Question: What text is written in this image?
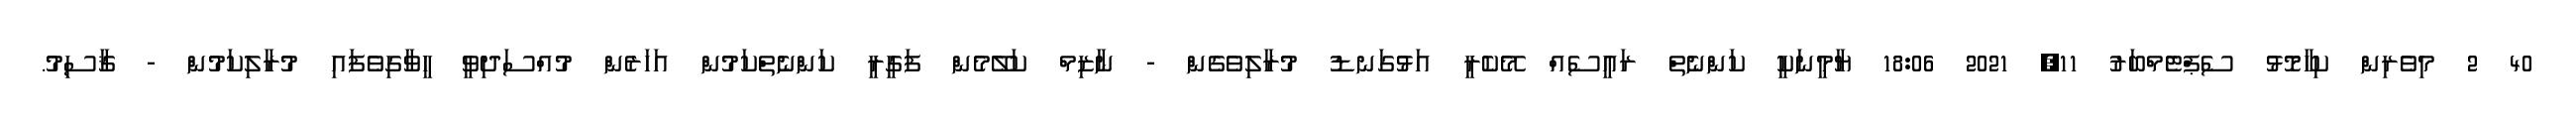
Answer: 40 2 މިވެރިން ކިހާމޮޅު ސެޕްޓެމްބަރު 11, 2021 18:06 ޔާމީނަކީ ކަންނެތް ރައީސެއް މޭކެރީ އަޅުގަނޑު މުރާލިވެގެން - ނާޒިމް ކަލޭމެން ފަގީރީ ކަންނެތްކަމުން އަހަރެން މުއްސަދިވީ ހީވާގިވެފައި މުރާލިކަމުން - ޤާސިމު.